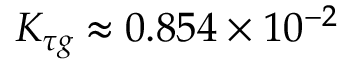
K _ { \tau g } \approx 0 . 8 5 4 \times 1 0 ^ { - 2 }